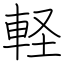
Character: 軽